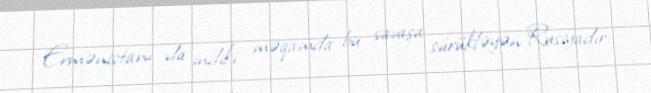
Ermənistanı da indiki məqamda bu savaşa sürükləyən Rusiyadır.